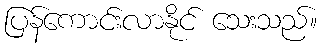
ပြန်ကောင်းလာနိုင် သေးသည်။